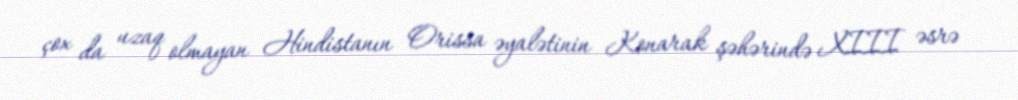
çox da uzaq olmayan Hindistanın Orissa əyalətinin Konarak şəhərində XIII əsrə